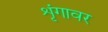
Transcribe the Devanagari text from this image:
शृंगावर